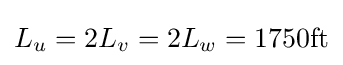
L_{u}=2L_{v}=2L_{w}=1750{\text{ft}}